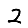
Digit: 2